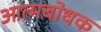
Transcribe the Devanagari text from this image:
आत्मबोधक